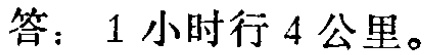
答：1小时行4公里。